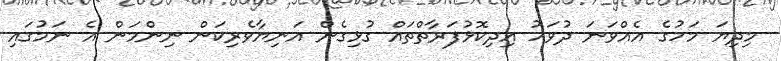
މިދިޔަ މަހުގެ އެއްވަނަ ދުވަހު އިދިކޮޅުފަރާތްތައް ގުޅިގެން އަނިޔާވެރިކަން ނިންމަން އެ ނަމުގައި